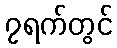
၇ရက်တွင်